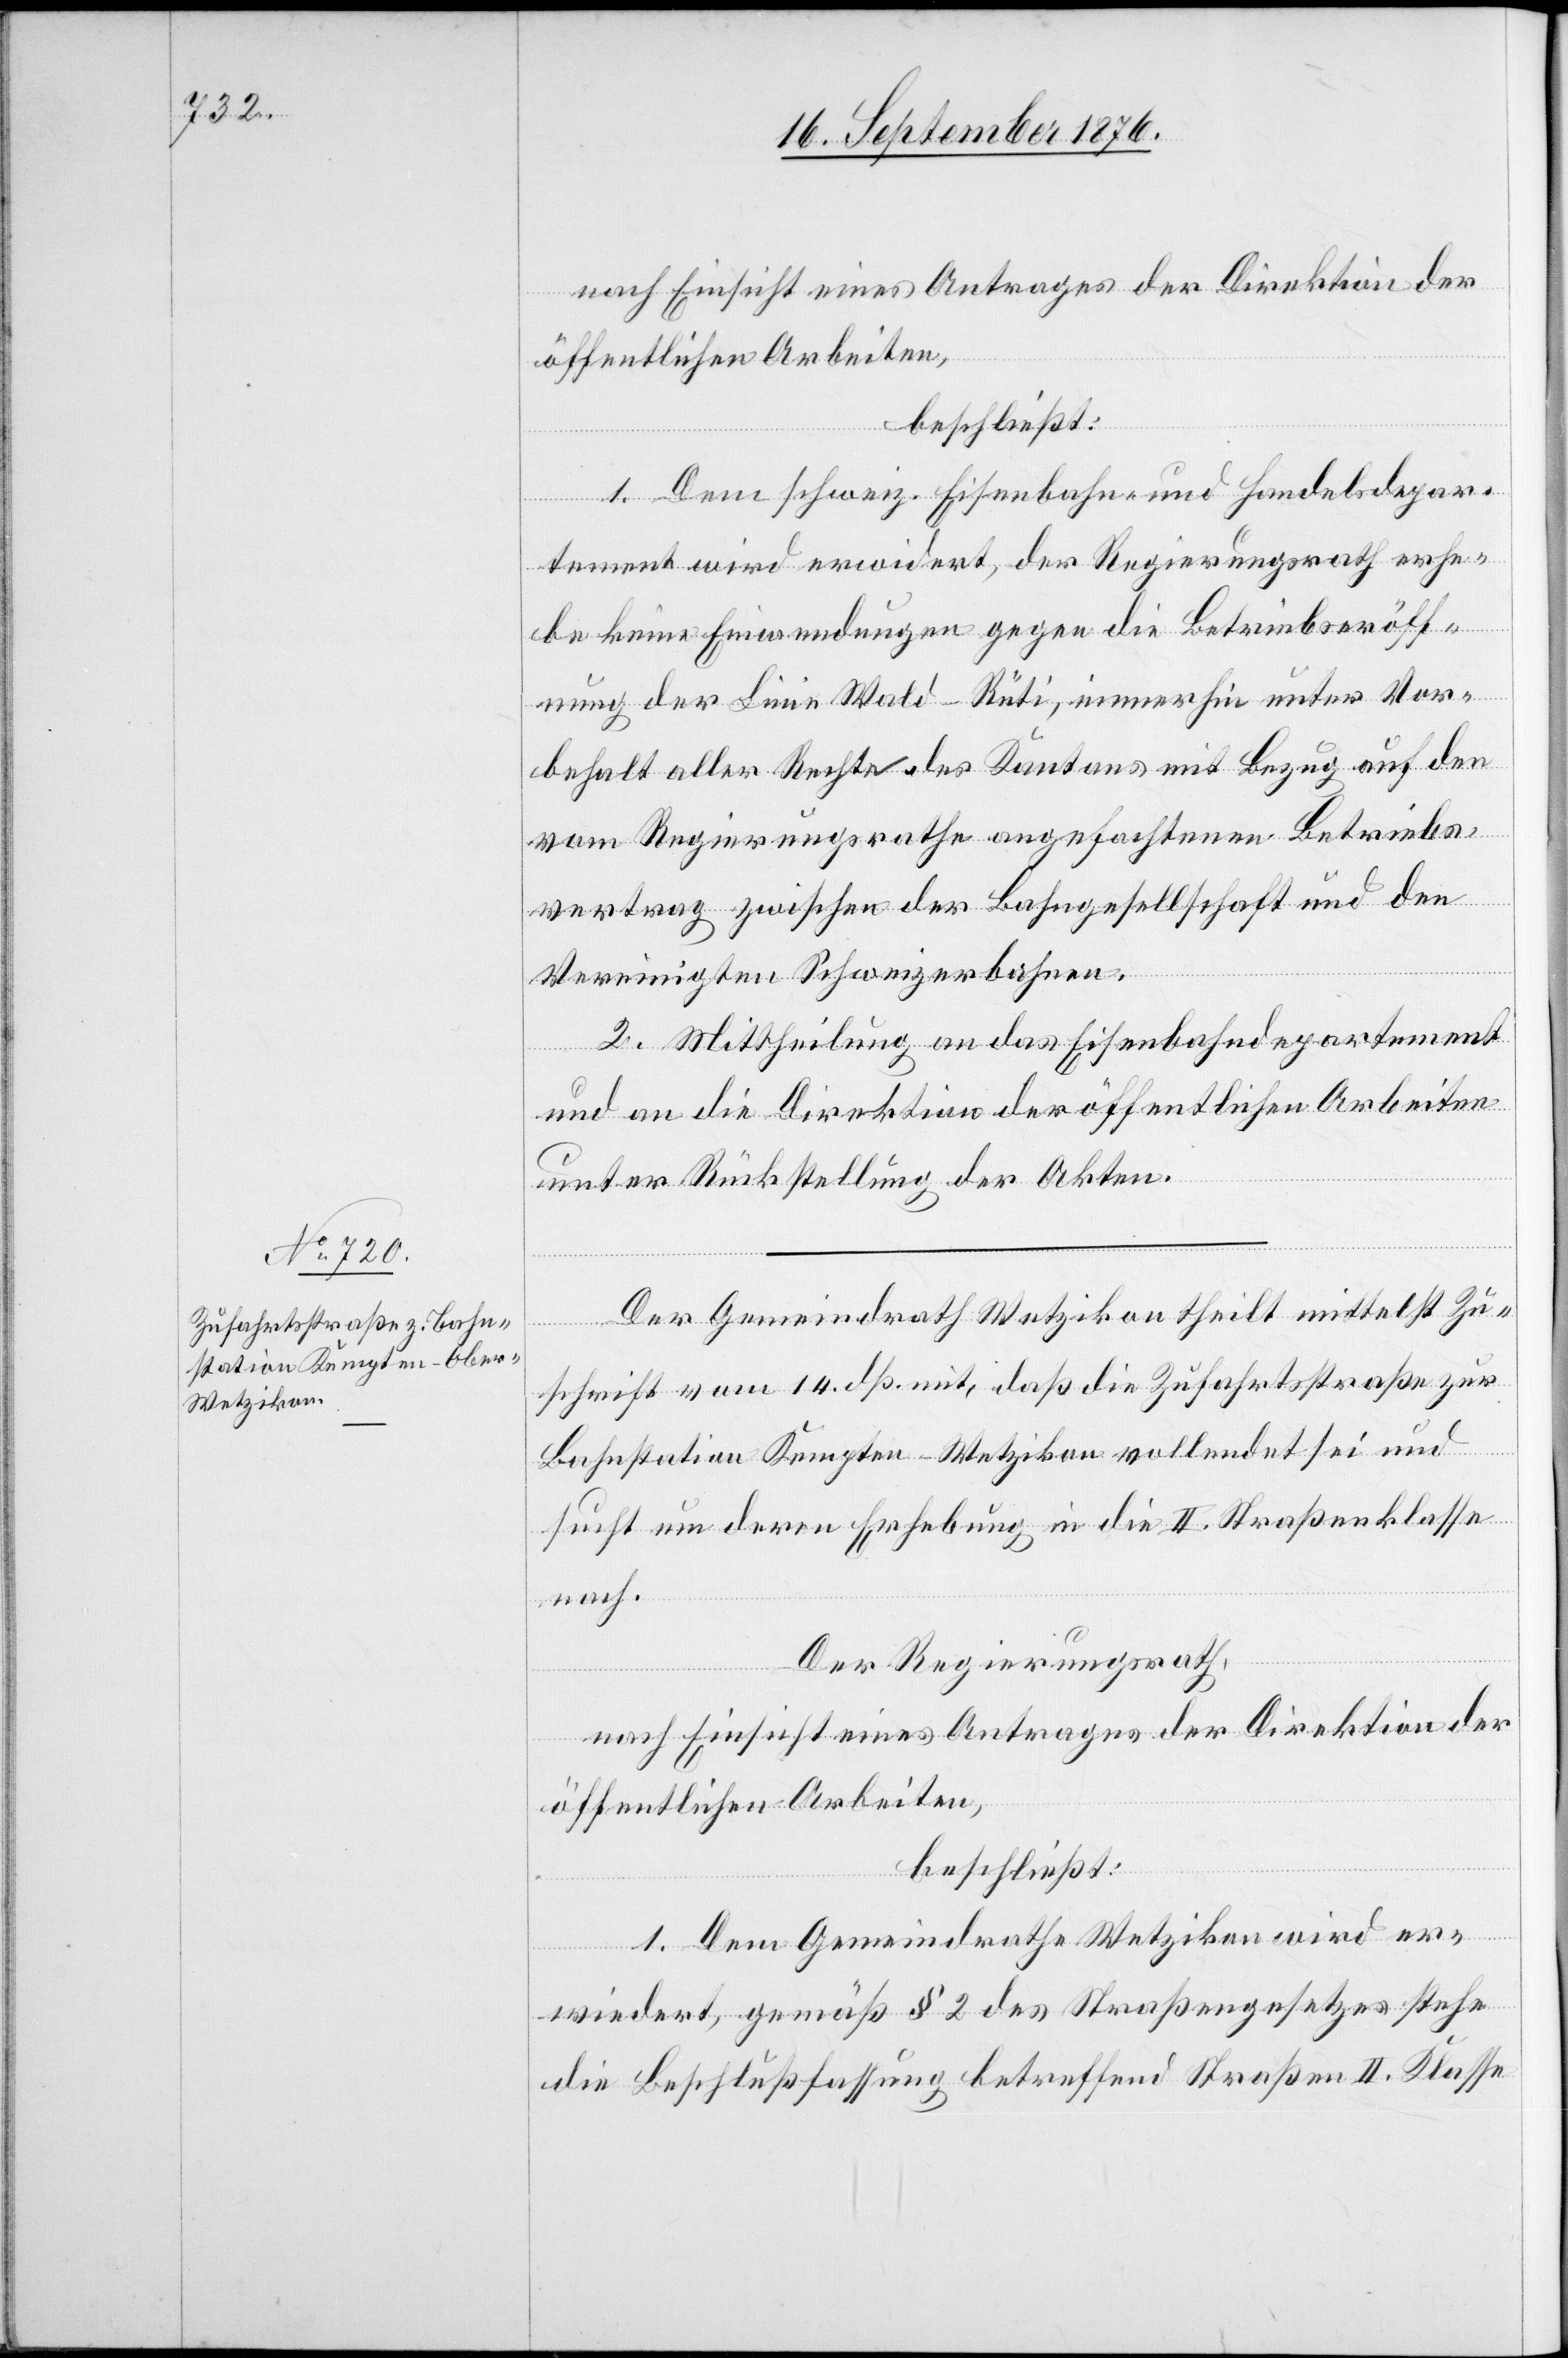
nach Einsicht eines Antrages der Direktion der
öffentlichen Arbeiten,
beschließt:
1. Dem schweiz. Eisenbahn- und Handelsdepar¬
tement wird erwidert, der Regierungsrath erhe¬
be keine Einwendungen gegen die Betriebseröff¬
nung der Linie Wald–Rüti, immerhin unter Vor¬
behalt aller Rechte des Kantons mit Bezug auf den
vom Regierungsrathe angefochtenen Betriebs¬
vertrag zwischen der Bahngesellschaft und den
Vereinigten Schweizerbahnen.
2. Mittheilung an das Eisenbahndepartement
und an die Direktion der öffentlichen Arbeiten
unter Rückstellung der Akten.
Der Gemeindrath Wetzikon theilt mittelst Zu¬
schrift vom 14. dß. mit, daß die Zufahrtsstraße zur
Bahnstation Kempten–Wetzikon vollendet sei und
sucht um deren Erhebung in die II. Straßenklasse
nach.
Der Regierungsrath,
nach Einsicht eines Antrages der Direktion der
öffentlichen Arbeiten,
beschließt:
1. Dem Gemeindrathe Wetzikon wird er¬
wiedert, gemäß § 2 des Straßengesetzes stehe
die Beschlußfassung betreffend Straßen II. Klasse